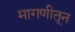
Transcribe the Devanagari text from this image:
मागणीतून